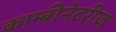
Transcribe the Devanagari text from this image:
काम्बीनेटरीज